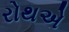
રોથએ